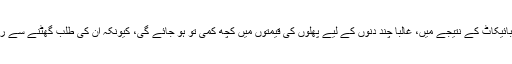
تاہم، اس قسم کے بائیکاٹ کے نتیجے میں، غالباً چند دنوں کے لیے پھلوں کی قیمتوں میں کچھ کمی تو ہو جائے گی، کیونکہ ان کی طلب گھٹنے سے رسد بڑھ جائے گی۔